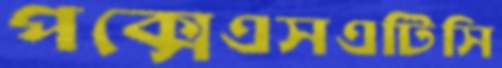
পক্সেএসএটিসি